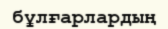
бұлғарлардың